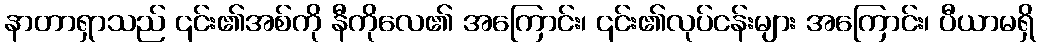
နာတာရှာသည် ၎င်း၏အစ်ကို နီကိုလေ၏ အကြောင်း၊ ၎င်း၏လုပ်ငန်းများ အကြောင်း၊ ပီယာမရှိ